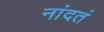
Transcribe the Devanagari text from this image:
नांदतं